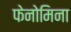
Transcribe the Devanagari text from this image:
फेनोमिना